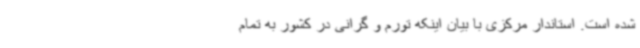
شده است. استاندار مرکزی با بیان اینکه تورم و گرانی در کشور به تمام